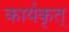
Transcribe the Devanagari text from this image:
कार्यकृत्